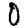
Digit: 0